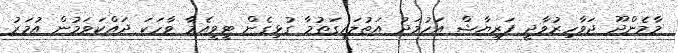
މާމެންދޫ ޖަވާހިރުވާދީ ފަރިޔާޝް އަހުމަދު އަތުލައިގަތުމާ ގުޅިގެން ޓީވީއެމާ ވާހަކަ ދައްކަވަމުން އުމަރު